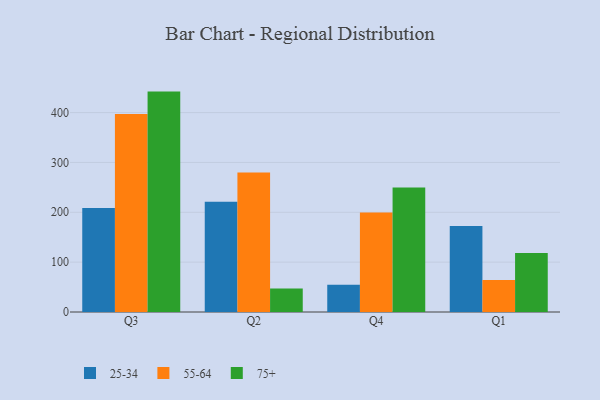
{"axis": {"x": "Quarter", "y": "Gross Profit (USD K)"}, "legend": ["25-34", "55-64", "75+"], "data": [{"x": "Q3", "y": 208.4, "type": "25-34"}, {"x": "Q3", "y": 397.2, "type": "55-64"}, {"x": "Q3", "y": 442.1, "type": "75+"}, {"x": "Q2", "y": 221.2, "type": "25-34"}, {"x": "Q2", "y": 279.7, "type": "55-64"}, {"x": "Q2", "y": 47.3, "type": "75+"}, {"x": "Q4", "y": 54.7, "type": "25-34"}, {"x": "Q4", "y": 199.7, "type": "55-64"}, {"x": "Q4", "y": 249.5, "type": "75+"}, {"x": "Q1", "y": 172.3, "type": "25-34"}, {"x": "Q1", "y": 64.4, "type": "55-64"}, {"x": "Q1", "y": 118.3, "type": "75+"}]}